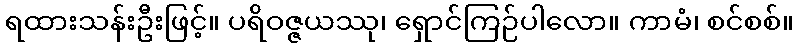
ရထားသန်းဦးဖြင့်။ ပရိဝဇ္ဇယဿု၊ ရှောင်ကြဉ်ပါလော။ ကာမံ၊ စင်စစ်။